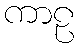
ကာဠ